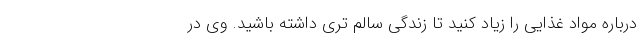
درباره مواد غذایی را زیاد کنید تا زندگی سالم تری داشته باشید. وی در